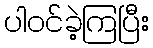
ပါဝင်ခဲ့ကြပြီး